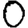
Digit: 0